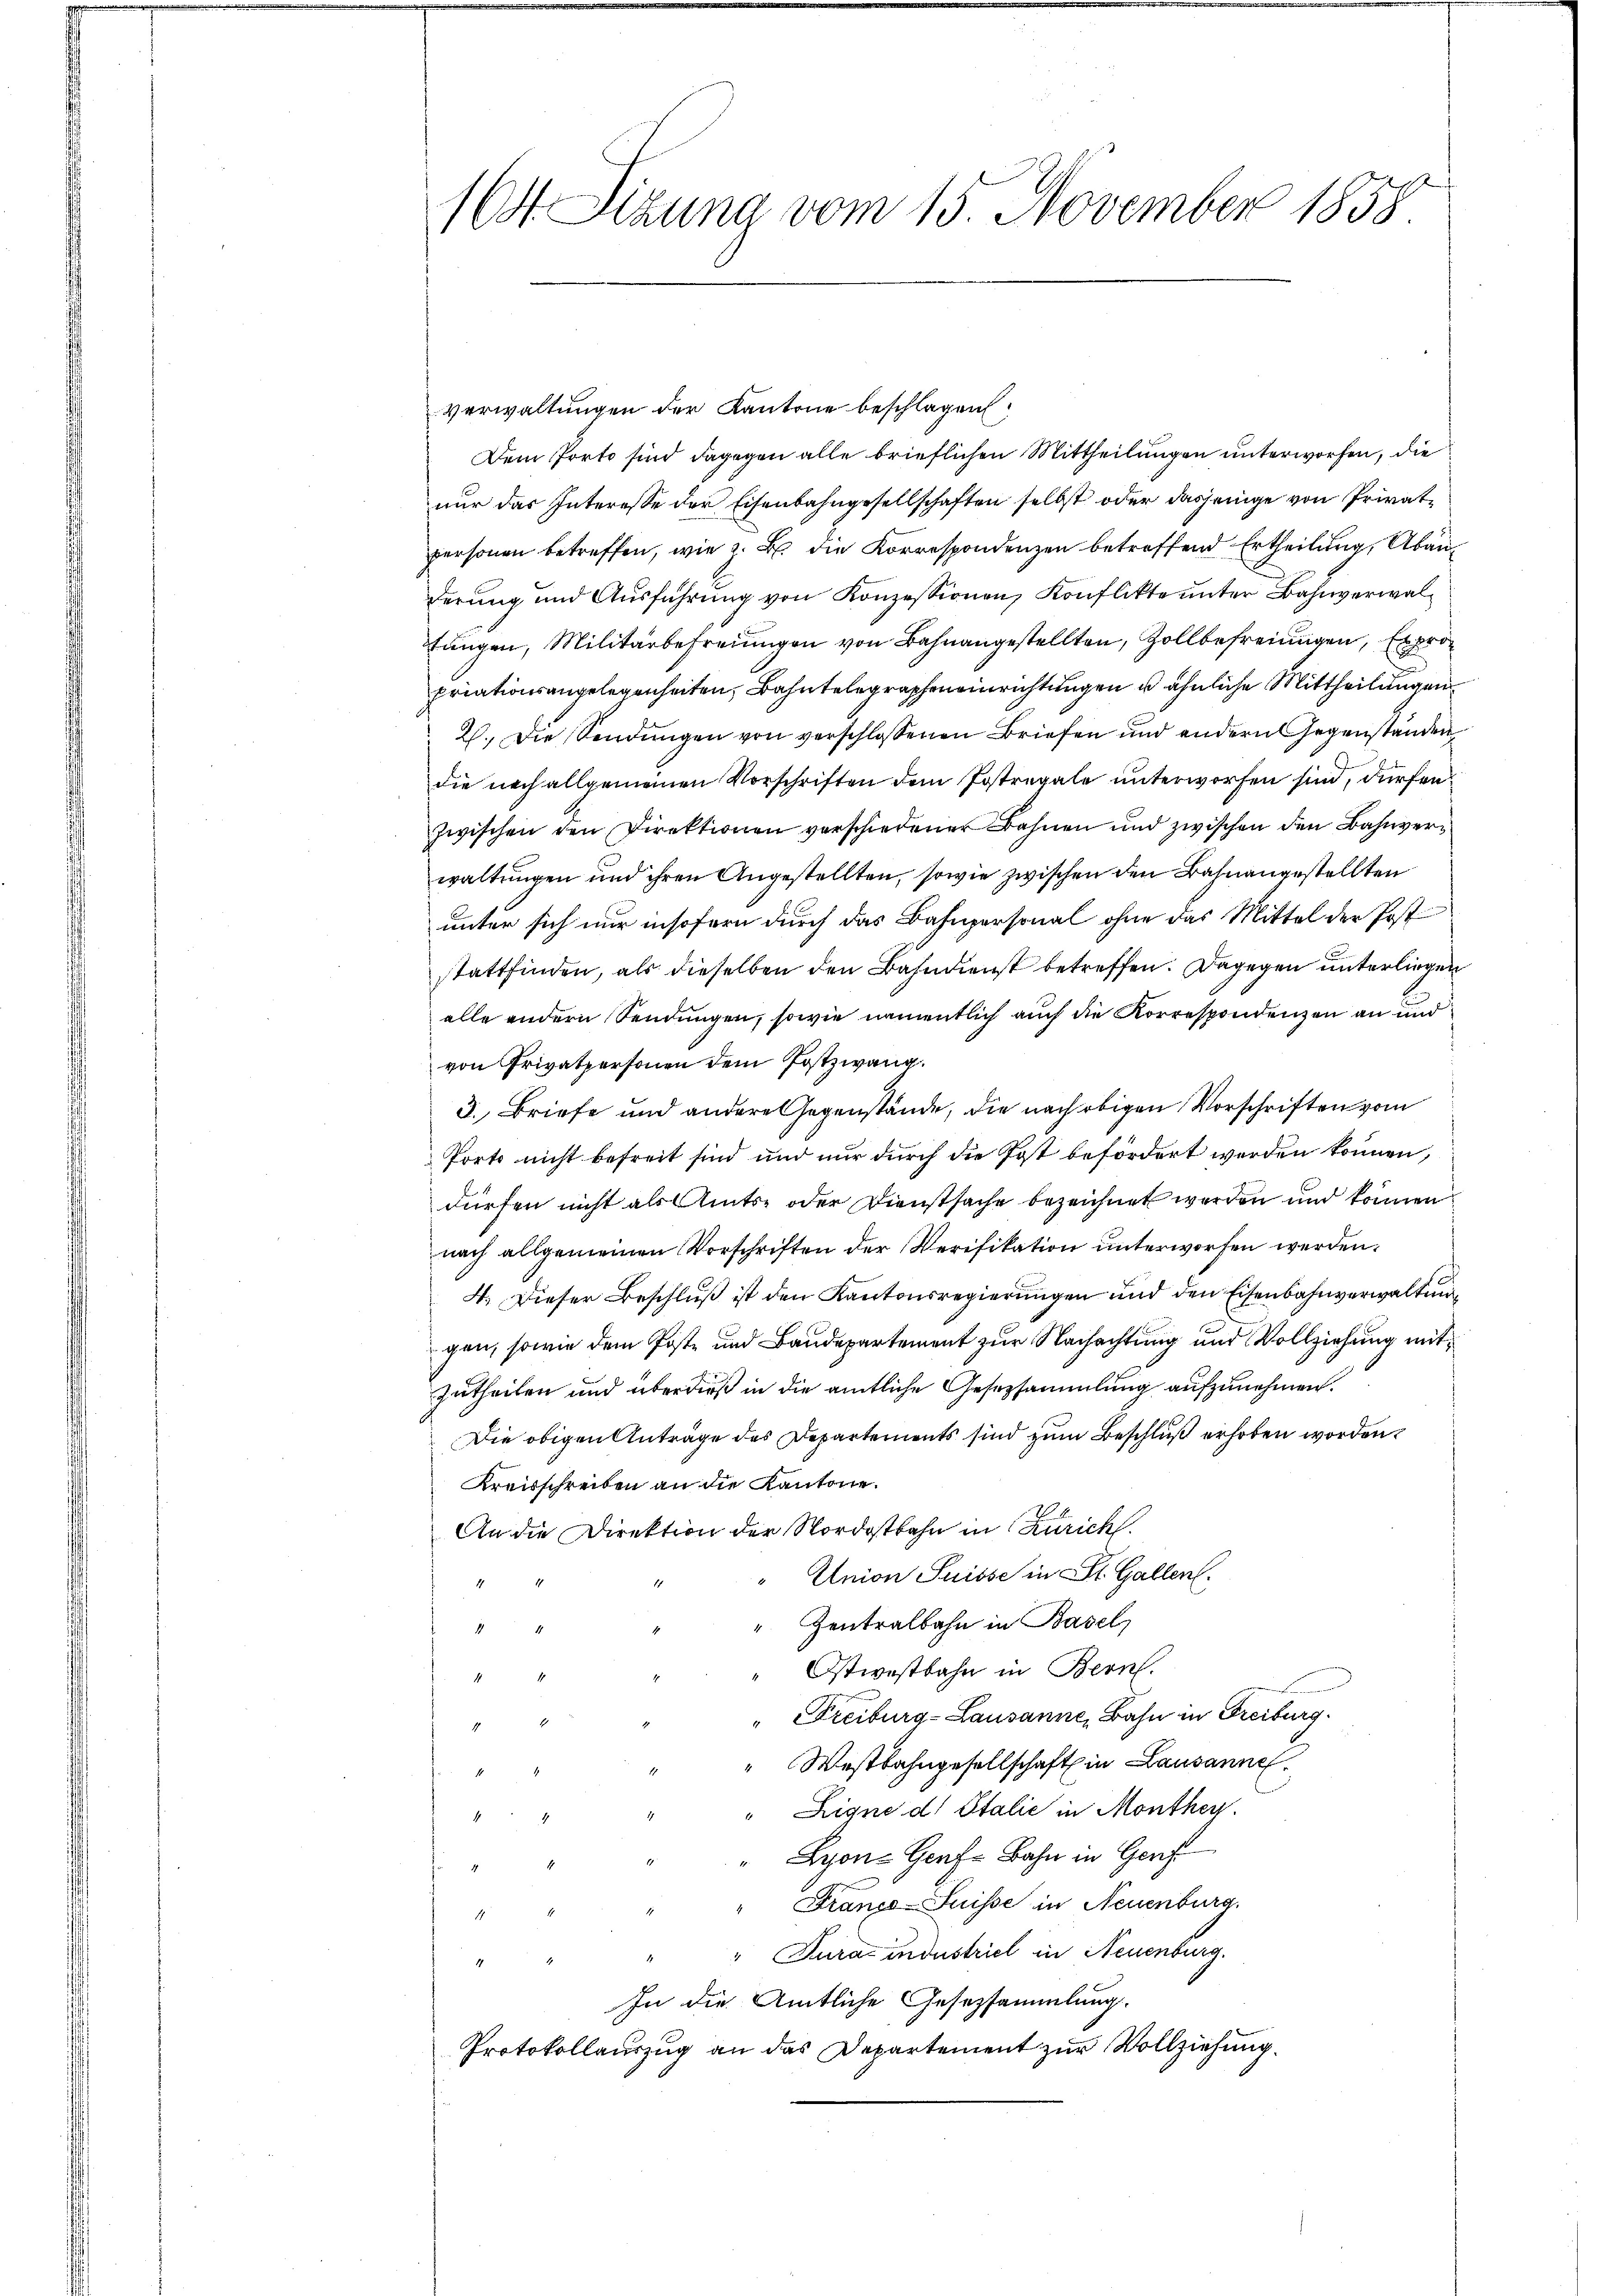
164 Sizung vom 15. November 1858

Verwaltungen der Kantone beschlagen.
Dem Porto sind dagegen alle brieflichen Mittheilungen unterworfen, die
nur das Interesse der Eisenbahngesellschaften selbst oder dasjenige von Privatpersonen betreffen, wie z. B. die Korrespondenzen betreffend Ertheilung, Abänderŭng und Aŭsführŭng von Konzessionen, Konflikte ŭnter Bahnverwal-
tungen, Militärbefreiungen von Bahnangestellten, Zollbefreiungen, Expro
priationsangelegenheiten, Bahntelegraphen einrichtungen u ähnliche Mittheilungen
2. Die Sendungen von verschlossenen Briefen und andern Gegenständen
die nach allgemeinen Vorschriften dem Postregale unterworfen sind, dürfenzwischen den Direktionen verschiedener Bahnen und zwischen den Bahnverwaltungen und ihren Angestellten, sowie zwischen den Bahnangestellten
unter sich nur insofern durch das Bahnpersonal ohne das Mittel der Poststattfinden, als dieselben den Bahndienst betreffen. Dagegen unterliegen
alle andern Sendungen, sowie namentlich auch die Korrespondenzen an und
von Privatpersonen dem Postzwang.
3. Briefe und andere Gegenstände, die nach obigen Vorschriften vom
Porto nicht befreit sind und nur durch die Post befördert werden können,
dürfen nicht als Amts- oder Dienstsache bezeichnet werden und können
nach allgemeinen Vorschriften der Verifikation unterworfen werden.
4. Dieser Beschlŭβ ist den Kantonsregierŭngen und den Eisenbahnverwaltunggen, sowie dem Poste und Baudepartement zur Nachachtung und Vollziehung mitzutheilen und überdieß in die amtliche Gesetzsammlung aufzunehmen.
Die obigen Anträge des Departements sind zum Beschluß erhoben worden.
Kreisschreiben an die Kantone.
An die Direktion der Nordostbahn in Zürich.
" Enion Suisse in St. Gallen.
P
" Zentralbahn in Basel
7
Ostwestbahn in Bern.
1
" Freiburg-Lausanne, Bahn in Freiburg.
2
" Westbahngesellschaft in Lausanne
e
"Ligne ds Italie in Monthey
"
" Lyons Genf, Bahn in Ger
" Franco-Suisse in Neuenburg.
.
" Turac industriel in Neuenburg.
In die Amtliche Gesetzsammlung.
Protokollauszug an das Departement zur Vollziehung.